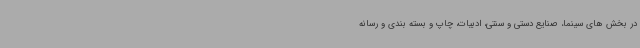
در بخش های سینما، صنایع دستی و سنتی، ادبیات، چاپ و بسته بندی و رسانه